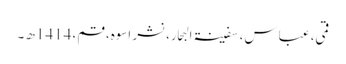
قمی، عباس، سفینۃ البحار، نشر اسوہ، قم، 1414ھ ۔